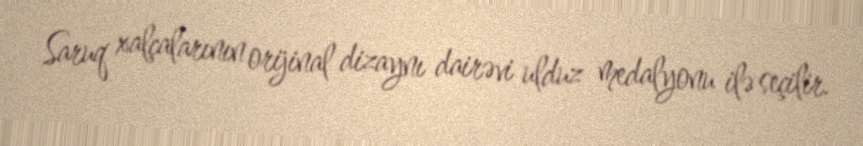
Saruq xalçalarının orijinal dizaynı dairəvi ulduz medalyonu ilə seçilir.